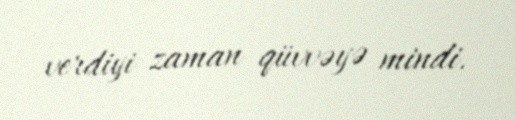
verdiyi zaman qüvvəyə mindi.